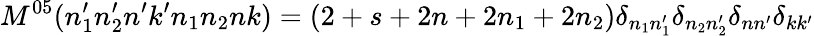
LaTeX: M^{05}(n_{1}^{\prime}n_{2}^{\prime}n^{\prime}k^{\prime}n_{1}n_{2}nk)=(2+s+2n+2n_{1}+2n_{2})\delta_{n_{1}n_{1}^{\prime}}\delta_{n_{2}n_{2}^{\prime}}\delta_{nn^{\prime}}\delta_{kk^{\prime}}